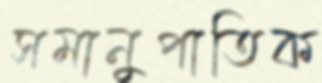
সমানুপাতিক